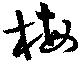
梅